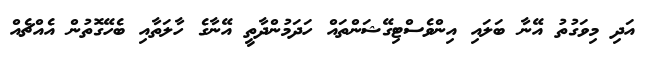
އަދި މިވަގުތު އޭނާ ބަލައި އިންވެސްޓިގޭޝަންތައް ހަދަމުންދާތީ އޭނާގެ ހާލަތާއި ބެހޭގޮތުން އެއްޗެއް